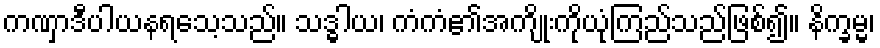
ကဏှာဒီပါယနရသေ့သည်။ သဒ္ဓါယ၊ ကံကံ၏အကျိုးကိုယုံကြည်သည်ဖြစ်၍။ နိက္ခမ္မ၊